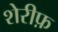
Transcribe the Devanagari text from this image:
शेरीफ़